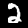
Digit: 2